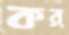
কর্